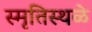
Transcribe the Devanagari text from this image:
स्मृतिस्थळे